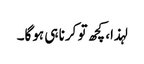
لہذا، کچھ تو کرنا ہی ہوگا۔